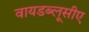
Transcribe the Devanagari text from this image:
वायडब्लूसीए